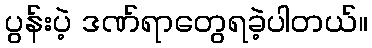
ပွန်းပဲ့ ဒဏ်ရာတွေရခဲ့ပါတယ်။